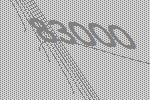
83000